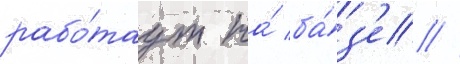
рабо́таут на́ ба́з'е //